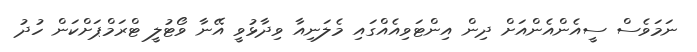
ނަމަވެސް ސީއެންއެންއަށް ދިން އިންޓަވިއެއްގައި މެލަނިއާ ވިދާޅުވީ އޭނާ ވޯޓުލީ ޓްރަމްޕަށްކަން ހުދު